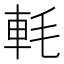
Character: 軞